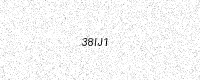
Text: 38IJ1